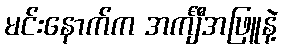
မင်းနောက်က အင်္ကျီအဖြူနဲ့